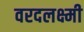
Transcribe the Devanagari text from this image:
वरदलक्ष्मी